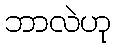
ဘာလဲဟု